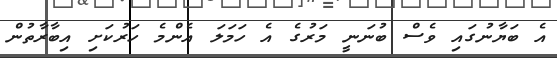
އެ ބަޔާނުގައި ވެސް ބުނަނީ މަރުގެ އެ ހަމަލަ އެންމެ ހަރުކަށި އިބާރާތުން